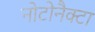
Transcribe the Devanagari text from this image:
नोटोनैक्टा